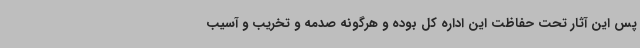
پس این آثار تحت حفاظت این اداره کل بوده و هرگونه صدمه و تخریب و آسیب